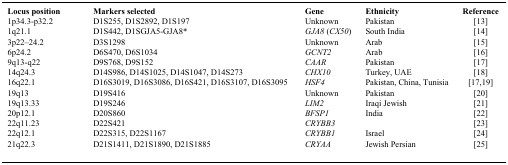
| Locus position | Markers selected | Gene | Ethnicity | Reference |
 | --- | --- | --- | --- | --- |
 | 1p34.3-p32.2 | D1S255, D1S2892, D1S197 | Unknown | Pakistan | [13] |
 | 1q21.1 | D1S442, D1SGJA5-GJA8* | GJA8 (CX50) | South India | [14] |
 | 3p22–24.2 | D3S1298 | Unknown | Arab | [15] |
 | 6p24.2 | D6S470, D6S1034 | GCNT2 | Arab | [16] |
 | 9q13-q22 | D9S768, D9S152 | CAAR | Pakistan | [17] |
 | 14q24.3 | D14S986, D14S1025, D14S1047, D14S273 | CHX10 | Turkey, UAE | [18] |
 | 16q22.1 | D16S3019, D16S3086, D16S421, D16S3107, D16S3095 | HSF4 | Pakistan, China, Tunisia | [17,19] |
 | 19q13 | D19S416 | Unknown | Pakistan | [20] |
 | 19q13.33 | D19S246 | LIM2 | Iraqi Jewish | [21] |
 | 20p12.1 | D20S860 | BFSP1 | India | [22] |
 | 22q11.23 | D22S421 | CRYBB3 |  | [23] |
 | 22q12.1 | D22S315, D22S1167 | CRYBB1 | Israel | [24] |
 | 21q22.3 | D21S1411, D21S1890, D21S1885 | CRYAA | Jewish Persian | [25] |